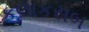
કલાકસબ